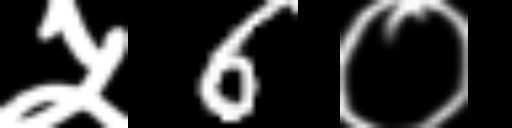
Text: ५6०